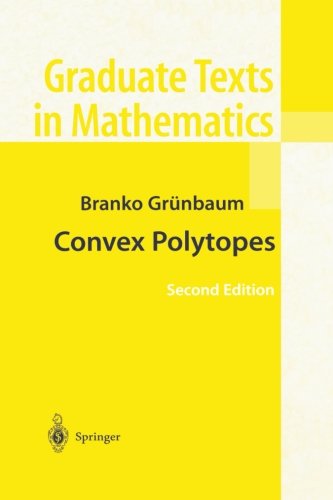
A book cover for Convex Polytopes (Graduate Texts in Mathematics) (Volume 221); Branko GrÃ¼nbaum; Science & Math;